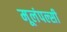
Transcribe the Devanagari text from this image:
मूलंपल्सी